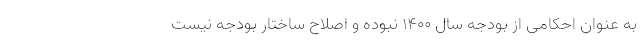
به عنوان احکامی از بودجه سال ۱۴۰۰ نبوده و اصلاح ساختار بودجه نیست